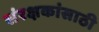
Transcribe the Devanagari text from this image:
संरक्षकांसाठी